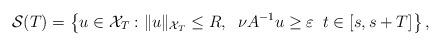
LaTeX: \begin{align*} \mathcal{S}(T)=\left\{u \in \mathcal{X}_T: \|u\|_{\mathcal{X}_T} \leq R, \; \; {\nu A^{-1}u} \ge \varepsilon \; \;t \in [s,s+T]\right \},\end{align*}